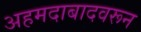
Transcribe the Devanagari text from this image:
अहमदाबादवरून